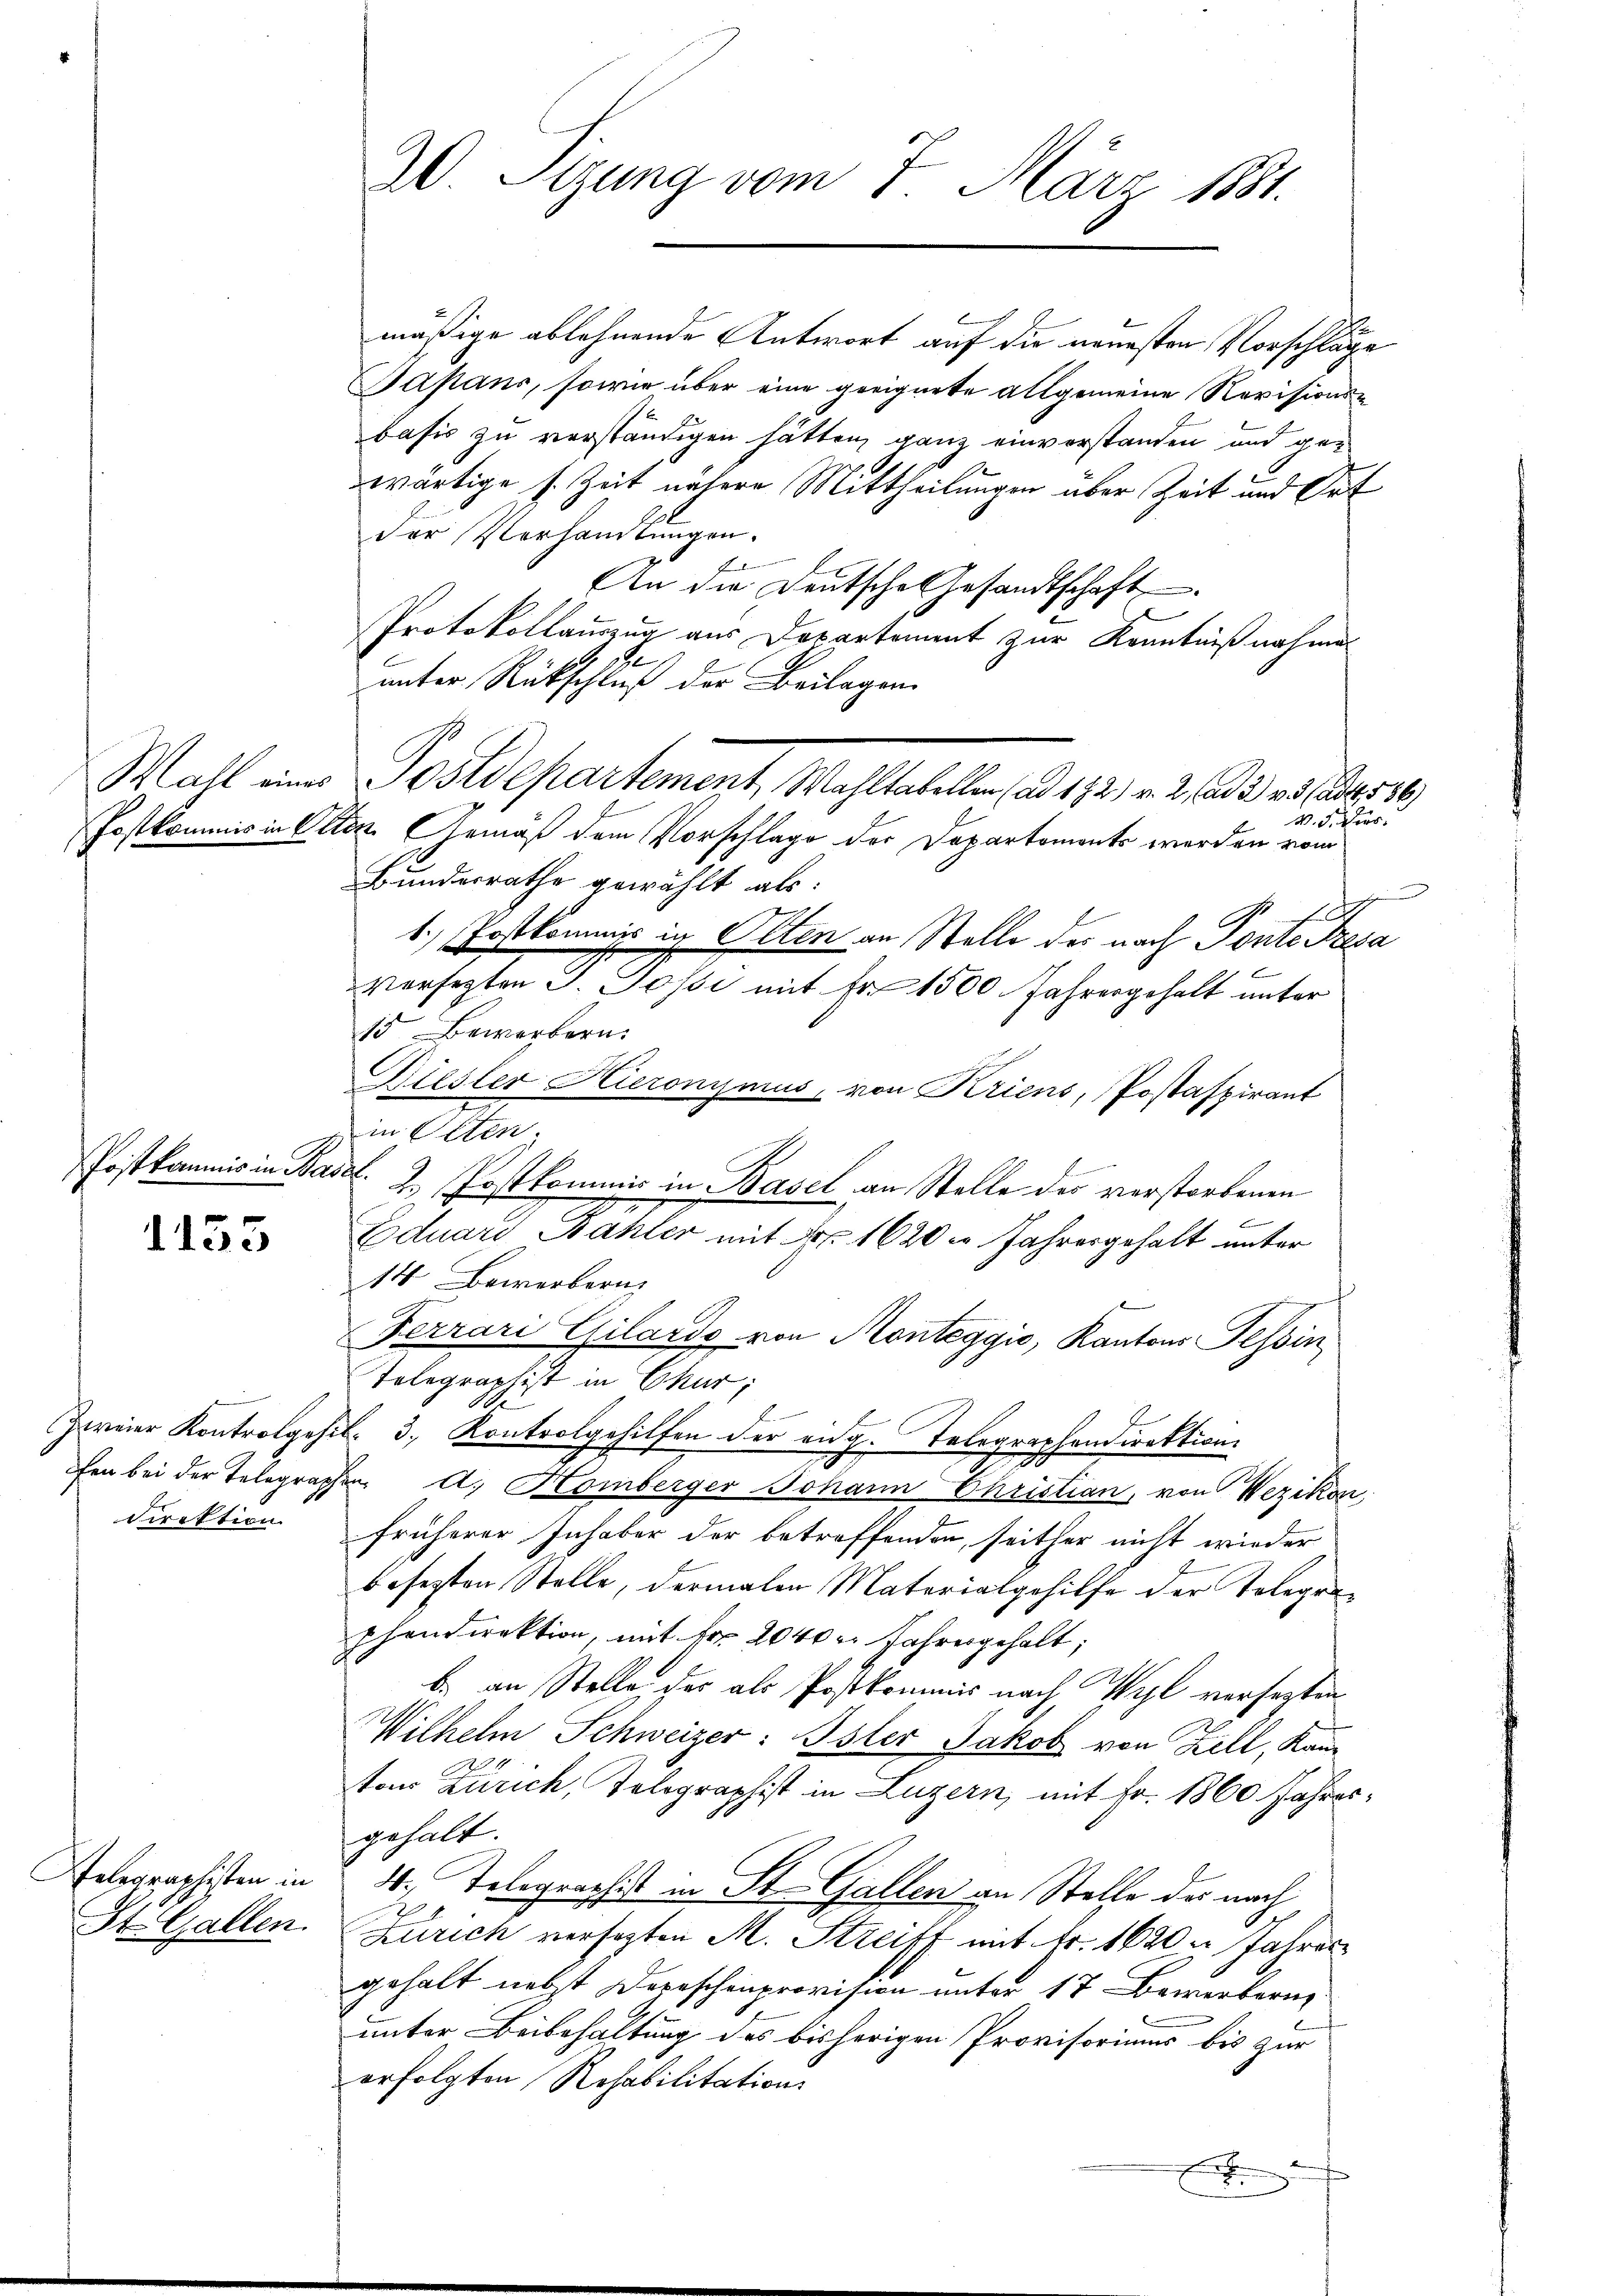
Postkommis in Ole

Postkommis in Basel.

1153

elographisten in
St. Gallen.

30. Sizung vom 7. März 1881.

mäßige ablehnende Antwort auf die neuesten Vorschläge
Japans, sowie über eine geeignete allgemeine Revisionsbasis zu verständigen hätten, ganz einverstanden und gewärtige s. Zeit nähere Mittheilungen über Zeit und Ort
der Verhandlungen.
E
An die Deutsche Gesandtschaft
Protokollauszug aus Departement zur Kenntnißnahme
e
unter Rückschluß der Beilagen
Wahl eine Postdepartement, Mahltatellen, a. 172. v. 2. d. 23 besorg
V. Schirr
Ton. Gemäß dem Vorschlage der Departements werden vom
Bundesrathe gewählt als:
1.) Postkommis in Olten an Stelle der nach Ponte Tresa
versezten J. Josi mit Fr. 1500 Jahresgehalt unter
15 Bewerbern.
Riesler Hieronymus, von Kriens, Postaspirant
in Olten
2. Postkommis in Basel an Stelle des verstorbenen
f
Eduard Bahler mit Nr. 1620 in Jahresgehalt unter
14 Bewerbern.
Ferrari Gilardo von Monteggio, Kantons Tessin
Tolographist in Chur;
Zweier Kontrogehil. 3. Kontrolgehilfen der eidg. Telegraphendirektion
fen bei der Telegraphen d. Homberger Johann Christian, von Wezikon
direktion früherer Inhaber der betreffenden, seither nicht wieder
besezten Stelle, dermalen Materialgehilfe der Tolegraphondirektion, mit Fr. 2040 Jahresgehalt;
b. an Stelle, der als Postkommis nach Wyl versezten
Wilhelm Schweizer: Ister Jakob von Zell, Kanton Zürich, Telegraphist in Luzern, mit Fr. 1860 Jahresgehalt.
4. Telegraphis in St. Gallen an Stelle der nach
Zürich versezten M. Streiff mit Fr. 1620 Jahres
gehalt nebst Depeschenprovision unter 17 Bewerbern
unter Beibehaltung des bisherigen Provisoriums bis zur
erfolgten Resabilitation
E